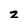
Character: z